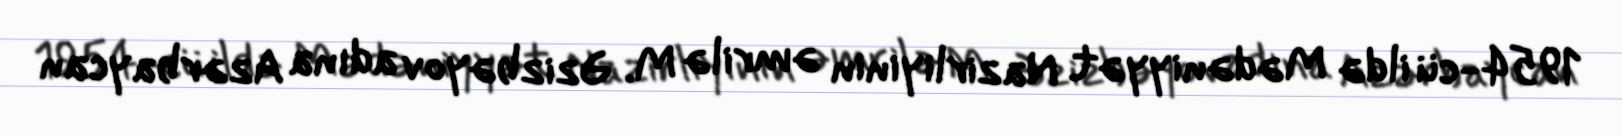
1954-cü ildə Mədəniyyət Nazirliyinin əmrilə M. Əzizbəyov adına Azərbaycan